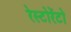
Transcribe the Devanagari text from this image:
रेस्टोरेंटो